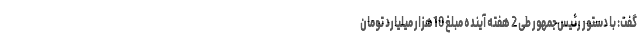
گفت: با دستور رئیس‌جمهور طی 2 هفته آینده مبلغ 10هزار میلیارد تومان